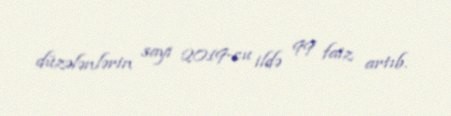
düzələnlərin sayı 2019-cu ildə 99 faiz artıb.